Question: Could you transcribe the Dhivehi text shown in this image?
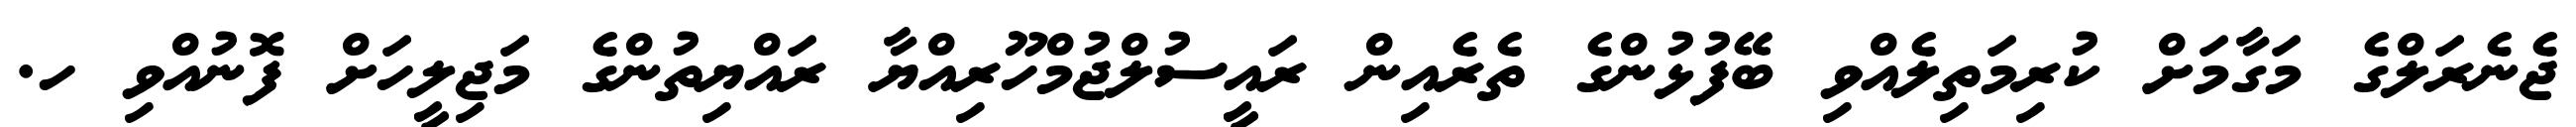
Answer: ޖެނެރަލްގެ މަގާމަށް ކުރިމަތިލެއްވި ބޭފުޅުންގެ ތެރެއިން ރައީސުލްޖުމްހޫރިއްޔާ ރައްޔިތުންގެ މަޖިލީހަށް ފޮނުއްވި ހ.